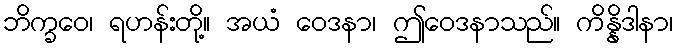
ဘိက္ခဝေ၊ ရဟန်းတို့။ အယံ ဝေဒနာ၊ ဤဝေဒနာသည်။ ကိန္နိဒါနာ၊